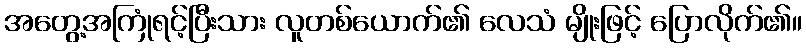
အတွေ့အကြုံရင့်ပြီးသား လူတစ်ယောက်၏ လေသံ မျိုးဖြင့် ပြောလိုက်၏။